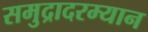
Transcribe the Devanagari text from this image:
समुद्रादरम्यान